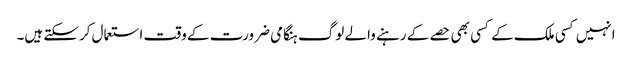
انہیں کسی ملک کے کسی بھی حصے کے رہنے والے لوگ ہنگامی ضرورت کے وقت استعمال کرسکتے ہیں۔